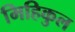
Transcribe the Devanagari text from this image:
मिहिकुल